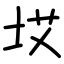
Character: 㘷